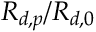
R _ { d , p } / R _ { d , 0 }